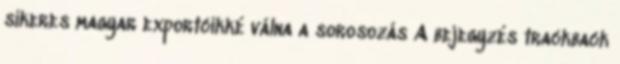
sikeres magyar exportcikké válna a sorosozás A bejegyzés trackback